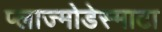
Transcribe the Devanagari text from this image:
प्लाज्मोडेस्माटा